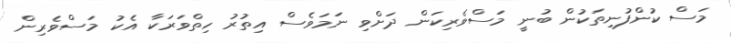
މަސް ކުންފުނިތަކުން ބުނީ މަސްވެރިކަން ދަށްވި ނަމަވެސް އިތުރު ހިތްވަރަކާ އެކު މަސްވެރިން